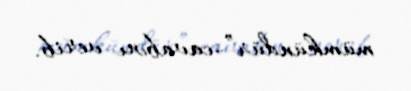
mümkündür”-cavabını verib.